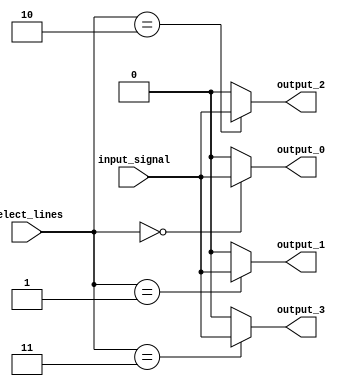
module demux_1to4(
  input wire input_signal,
  input wire [1:0] select_lines,
  output reg output_0,
  output reg output_1,
  output reg output_2,
  output reg output_3
);

assign output_0 = (select_lines == 2'b00) ? input_signal : 1'b0;
assign output_1 = (select_lines == 2'b01) ? input_signal : 1'b0;
assign output_2 = (select_lines == 2'b10) ? input_signal : 1'b0;
assign output_3 = (select_lines == 2'b11) ? input_signal : 1'b0;

endmodule